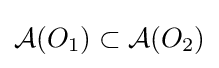
{\mathcal {A}}(O_{1})\subset {\mathcal {A}}(O_{2})